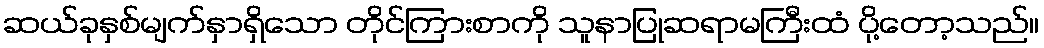
ဆယ်ခုနှစ်မျက်နှာရှိသော တိုင်ကြားစာကို သူနာပြုဆရာမကြီးထံ ပို့တော့သည်။